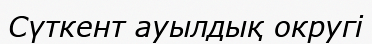
Сүткент ауылдық округі